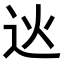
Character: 𨑯